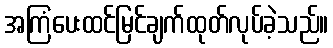
အကြံပေးထင်မြင်ချက်ထုတ်လုပ်ခဲ့သည်။